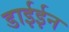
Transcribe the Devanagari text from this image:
डाईईन